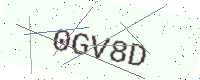
Text: 0GV8D